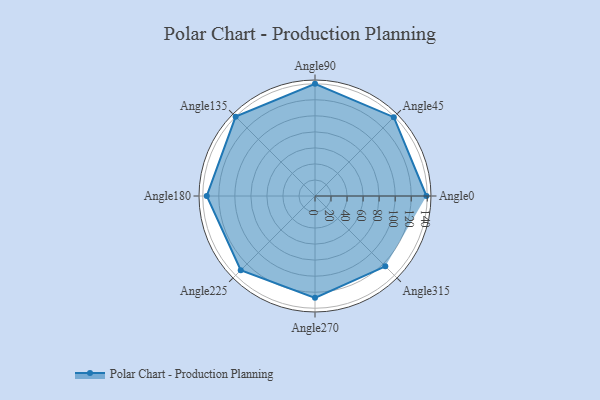
{"axis": {"x": "Angle", "y": "Radius"}, "legend": [""], "data": [{"x": "Angle0", "y": 139.0, "type": ""}, {"x": "Angle45", "y": 139.0, "type": ""}, {"x": "Angle90", "y": 140.0, "type": ""}, {"x": "Angle135", "y": 140.0, "type": ""}, {"x": "Angle180", "y": 135.0, "type": ""}, {"x": "Angle225", "y": 131.0, "type": ""}, {"x": "Angle270", "y": 127.0, "type": ""}, {"x": "Angle315", "y": 124.0, "type": ""}]}